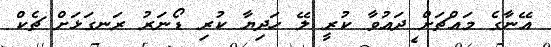
އޭނާގެ މައްޗަށް ދައުވާ ކުރީ ލޭ ހަދިޔާ ކުރި ޑޯނަރު ރަނގަޅަށް ޗެކް